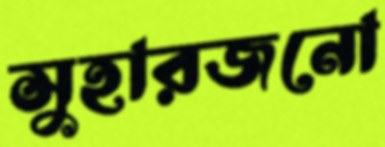
সুহারজনো